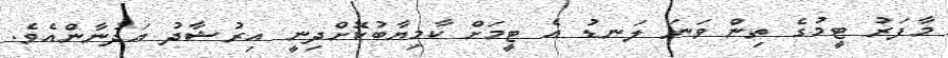
މާފަރު ޓީމުގެ ތިން ވަނަ ލަނޑު އެ ޓީމަށް ކާމިޔާބުކޮށްދިނީ އިރުޝާދު އަދުނާންއެވެ.